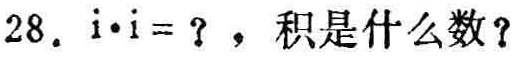
$28.\ i\cdot i = ?，积是什么数？$